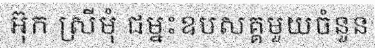
អ៊ុក ស្រីមុំ ជម្នះឧបសគ្គមួយចំនួន